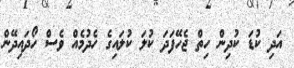
އަދި ކުޑަ ކުދިން ހިތް ޖެހޭފަދަ ކުލަ ކުލައިގެ ހެދުމެއް ވެސް ހޯދައިދޭން